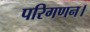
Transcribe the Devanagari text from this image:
परिगणन।